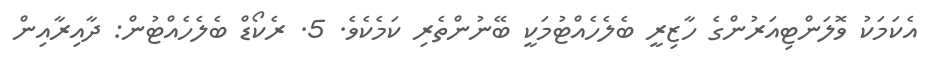
އެކަމަކު ވޮލަންޓިއަރުންގެ ހާޒިރީ ބެލެހެއްޓުމަކީ ބޭނުންތެރި ކަމެކެވެ. 5. ރެކޯޑް ބެލެހެއްޓުން: ދާއިރާއިން